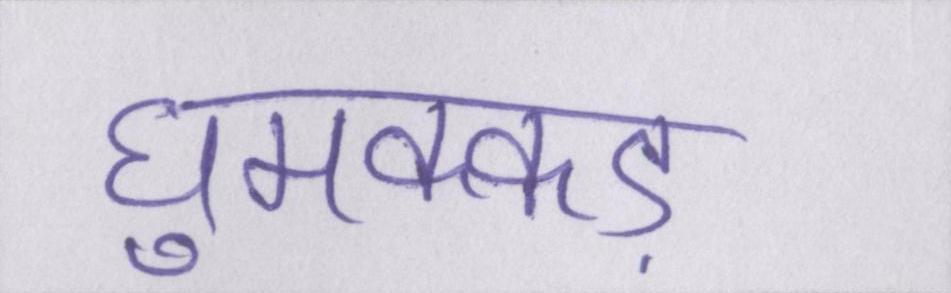
घुमक्कड़